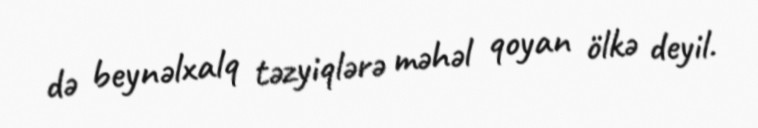
də beynəlxalq təzyiqlərə məhəl qoyan ölkə deyil.